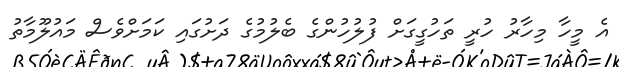
އެ މީހާ މިހާރު ހުރީ ތަހުގީގަށް ފުލުހުންގެ ބެލުމުގެ ދަށުގައި ކަމަށްވެސް މައުލޫމާތު